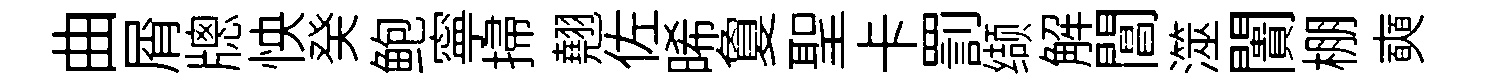
曲屑牕怏癸鲍寧掃翹佐晞夐聖卡罰缬解閶澨闠棚奭